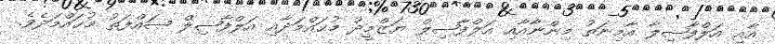
އާއި އަލްފާޟިލާ އާމިނަތު މިންނާއާއި އަލްފާޟިލް ޔަޒްމީދު މުޙައްމަދާއި އަލްފާޟިލް ޞައްފަތު މުޙައްމަދެވެ.